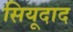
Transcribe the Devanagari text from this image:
सियूदाद